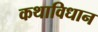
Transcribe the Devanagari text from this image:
कथाविधान